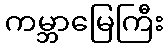
ကမ္ဘာမြေကြီး